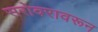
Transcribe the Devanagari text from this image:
सरोवरावरून